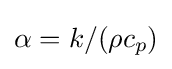
\alpha =k/(\rho c_{p})